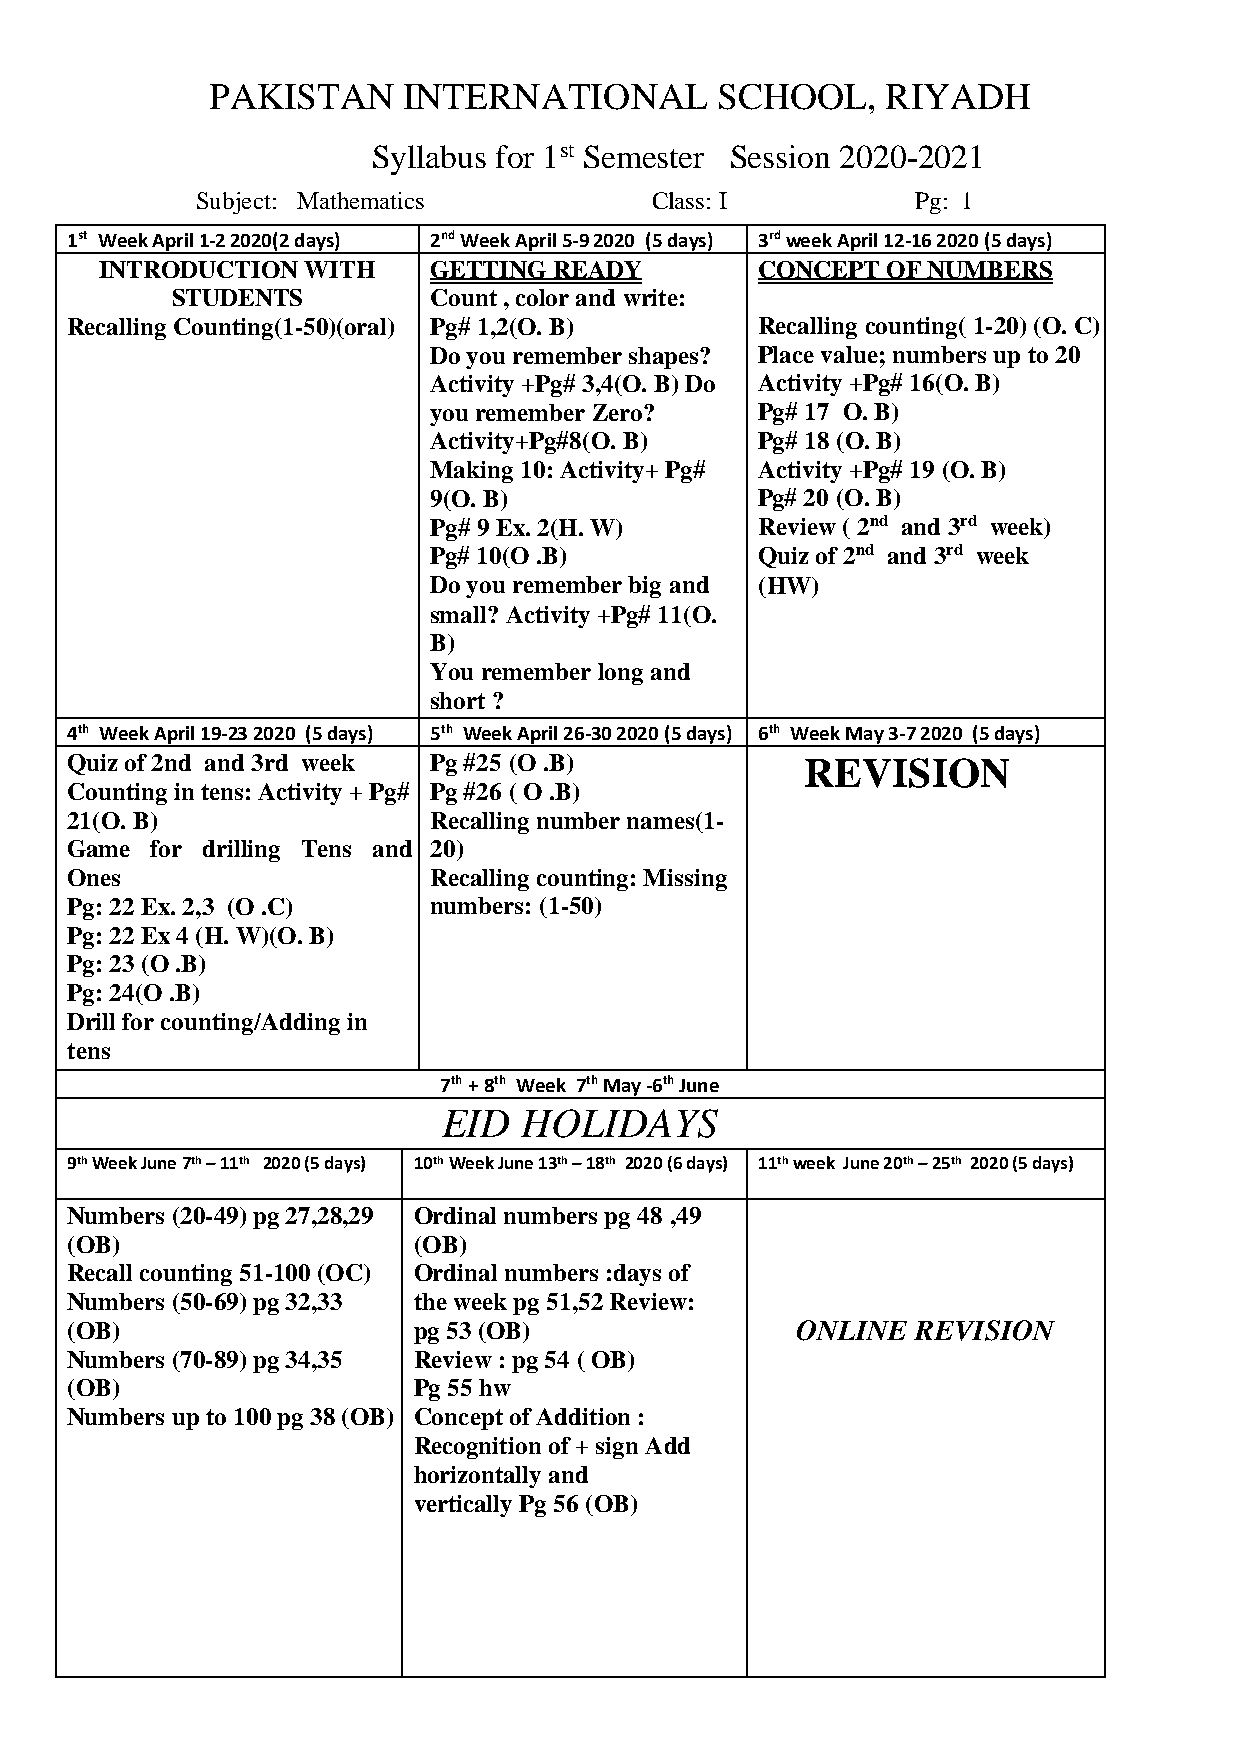
PAKISTAN     INTERNATIONAL       SCHOOL,     RIYADH
 Syllabus for 1st Semester Session 2020-2021
 Subject: Mathematics          Class: I          Pg: 1
 1st Week April 1-2 2020(2 days) 2nd Week April 5-9 2020 (5 days) 3rd week April 12-16 2020 (5 days)
 INTRODUCTION WITH    GETTING  READY        CONCEPT  OF NUMBERS
 STUDENTS         Count , color and write:
 Recalling Counting(1-50)(oral) Pg# 1,2(O. B)  Recalling counting( 1-20) (O. C)
 Do you remember shapes? Place value; numbers up to 20
 Activity +Pg# 3,4(O. B) Do Activity +Pg# 16(O. B)
 you remember Zero?    Pg# 17 O. B)
 Activity+Pg#8(O. B)   Pg# 18 (O. B)
 Making 10: Activity+ Pg# Activity +Pg# 19 (O. B)
 9(O. B)               Pg# 20 (O. B)
 Pg# 9 Ex. 2(H. W)     Review ( 2nd and 3rd week)
 Pg# 10(O .B)          Quiz of 2nd and 3rd week
 Do you remember big and (HW)
 small? Activity +Pg# 11(O.
 B)
 You remember long and
 short ?
 4th Week April 19-23 2020 (5 days) 5th Week April 26-30 2020 (5 days) 6th Week May 3-7 2020 (5 days)
 Quiz of 2nd and 3rd week Pg #25 (O .B)           REVISION
 Counting in tens: Activity + Pg# Pg #26 ( O .B)
 21(O. B)                Recalling number names(1-
 Game  for drilling Tens and 20)
 Ones                    Recalling counting: Missing
 Pg: 22 Ex. 2,3 (O .C)   numbers: (1-50)
 Pg: 22 Ex 4 (H. W)(O. B)
 Pg: 23 (O .B)
 Pg: 24(O .B)
 Drill for counting/Adding in
 tens
 7th + 8th Week 7th May -6th June
 EID   HOLIDAYS
 9th Week June 7th – 11th 2020 (5 days) 10th Week June 13th – 18th 2020 (6 days) 11th week June 20th – 25th 2020 (5 days)
 Numbers (20-49) pg 27,28,29 Ordinal numbers pg 48 ,49
 (OB)                   (OB)
 Recall counting 51-100 (OC) Ordinal numbers :days of
 Numbers (50-69) pg 32,33 the week pg 51,52 Review:
 (OB)                   pg 53 (OB)                ONLINE  REVISION
 Numbers (70-89) pg 34,35 Review : pg 54 ( OB)
 (OB)                   Pg 55 hw
 Numbers up to 100 pg 38 (OB) Concept of Addition :
 Recognition of + sign Add
 horizontally and
 vertically Pg 56 (OB)